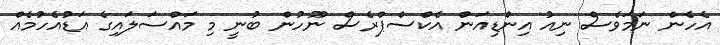
އެހެން ނަމަވެސް ނިއު އިންޑިއަން އެކްސްޕްރެސް ނޫހުން ބުނީ މި މައްސަލައިގެ އަޑުއެހުމެއް